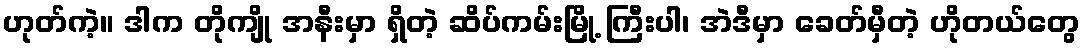
ဟုတ်ကဲ့။ ဒါက တိုကျို အနီးမှာ ရှိတဲ့ ဆိပ်ကမ်းမြို့ ကြီးပါ၊ အဲဒီမှာ ခေတ်မှီတဲ့ ဟိုတယ်တွေ